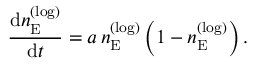
\frac { \mathop { } \! { \mathrm d } n _ { \mathrm { E } } ^ { ( \mathrm { l o g } ) } } { \mathop { } \! { \mathrm d } t } = a \, n _ { \mathrm { E } } ^ { ( \mathrm { l o g } ) } \left( 1 - n _ { \mathrm { E } } ^ { ( \mathrm { l o g } ) } \right) .